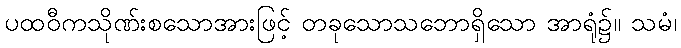
ပထဝီကသိုဏ်းစသောအားဖြင့် တခုသောသဘောရှိသော အာရုံ၌။ သမံ၊